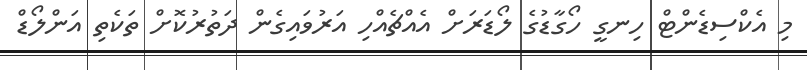
މި އެކްސިޑެންޓް ހިނގީ ހޯގާޑުގެ ލޯޑަރަށް އެއްޗެއްހި އަރުވައިގެން ދަތުރުކޮށް ތަކެތި އަންލޯޑް